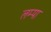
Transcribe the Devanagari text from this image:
लम्पा